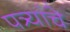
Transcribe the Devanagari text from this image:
पत्र्यांचे